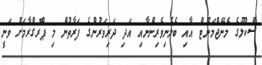
ސްކޫލުގެ މެނޭޖްމަންޓް އާއި ބެލެނިވެރިންނާއި އަދި ދަރިވަރުންގެ ފަރާތުން މި ޕްރޮގްރާމަށް ވަނީ